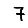
Digit: 7